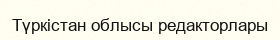
Түркістан облысы редакторлары